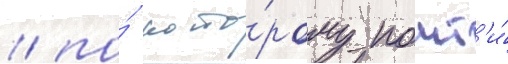
/ по́ кото́рому почт'и́